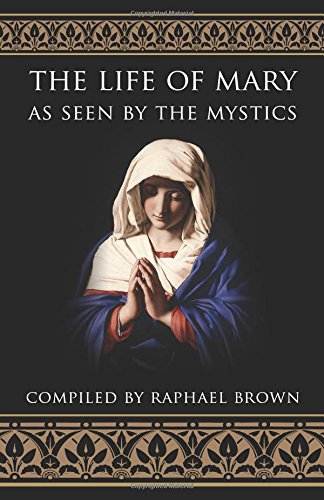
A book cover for The Life of Mary As Seen By the Mystics; Raphael Brown; Christian Books & Bibles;